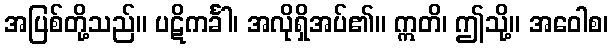
အပြစ်တို့သည်။ ပဋိကင်္ခါ၊ အလိုရှိအပ်၏။ ဣတိ၊ ဤသို့။ အဝေါစ၊